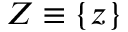
Z \equiv \lbrace z \rbrace